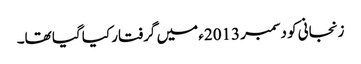
زنجانی کو دسمبر 2013ء میں گرفتار کیا گیا تھا۔